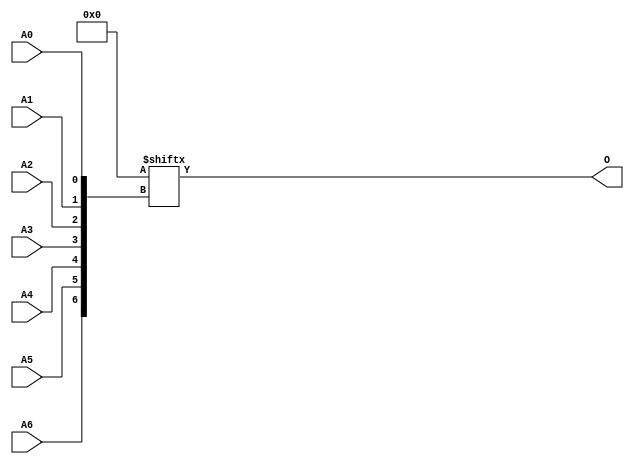
// $Header: /devl/xcs/repo/env/Databases/CAEInterfaces/verunilibs/data/unisims/ROM128X1.v,v 1.8.158.1 2007/03/09 18:13:19 patrickp Exp $
///////////////////////////////////////////////////////////////////////////////
// Copyright (c) 1995/2004 Xilinx, Inc.
// All Right Reserved.
///////////////////////////////////////////////////////////////////////////////
//   ____  ____
//  /   /\/   /
// /___/  \  /    Vendor : Xilinx
// \   \   \/     Version : 8.1i (I.13)
//  \   \         Description : Xilinx Functional Simulation Library Component
//  /   /                  128-Deep by 1-Wide ROM
// /___/   /\     Filename : ROM128X1.v
// \   \  /  \    Timestamp : Thu Mar 25 16:43:39 PST 2004
//  \___\/\___\
//
// Revision:
//    03/23/04 - Initial version.
//    02/04/05 - Rev 0.0.1 Remove input/output bufs; Remove for-loop in initial block;
// End Revision

`timescale  100 ps / 10 ps


module ROM128X1 (O, A0, A1, A2, A3, A4, A5, A6);

    parameter INIT = 128'h00000000000000000000000000000000;

    output O;

    input  A0, A1, A2, A3, A4, A5, A6;

    reg [127:0] mem;

    initial 
            mem = INIT;

    assign O = mem[{A6, A5, A4, A3, A2, A1, A0}];


endmodule